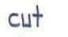
cut